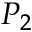
P _ { 2 }